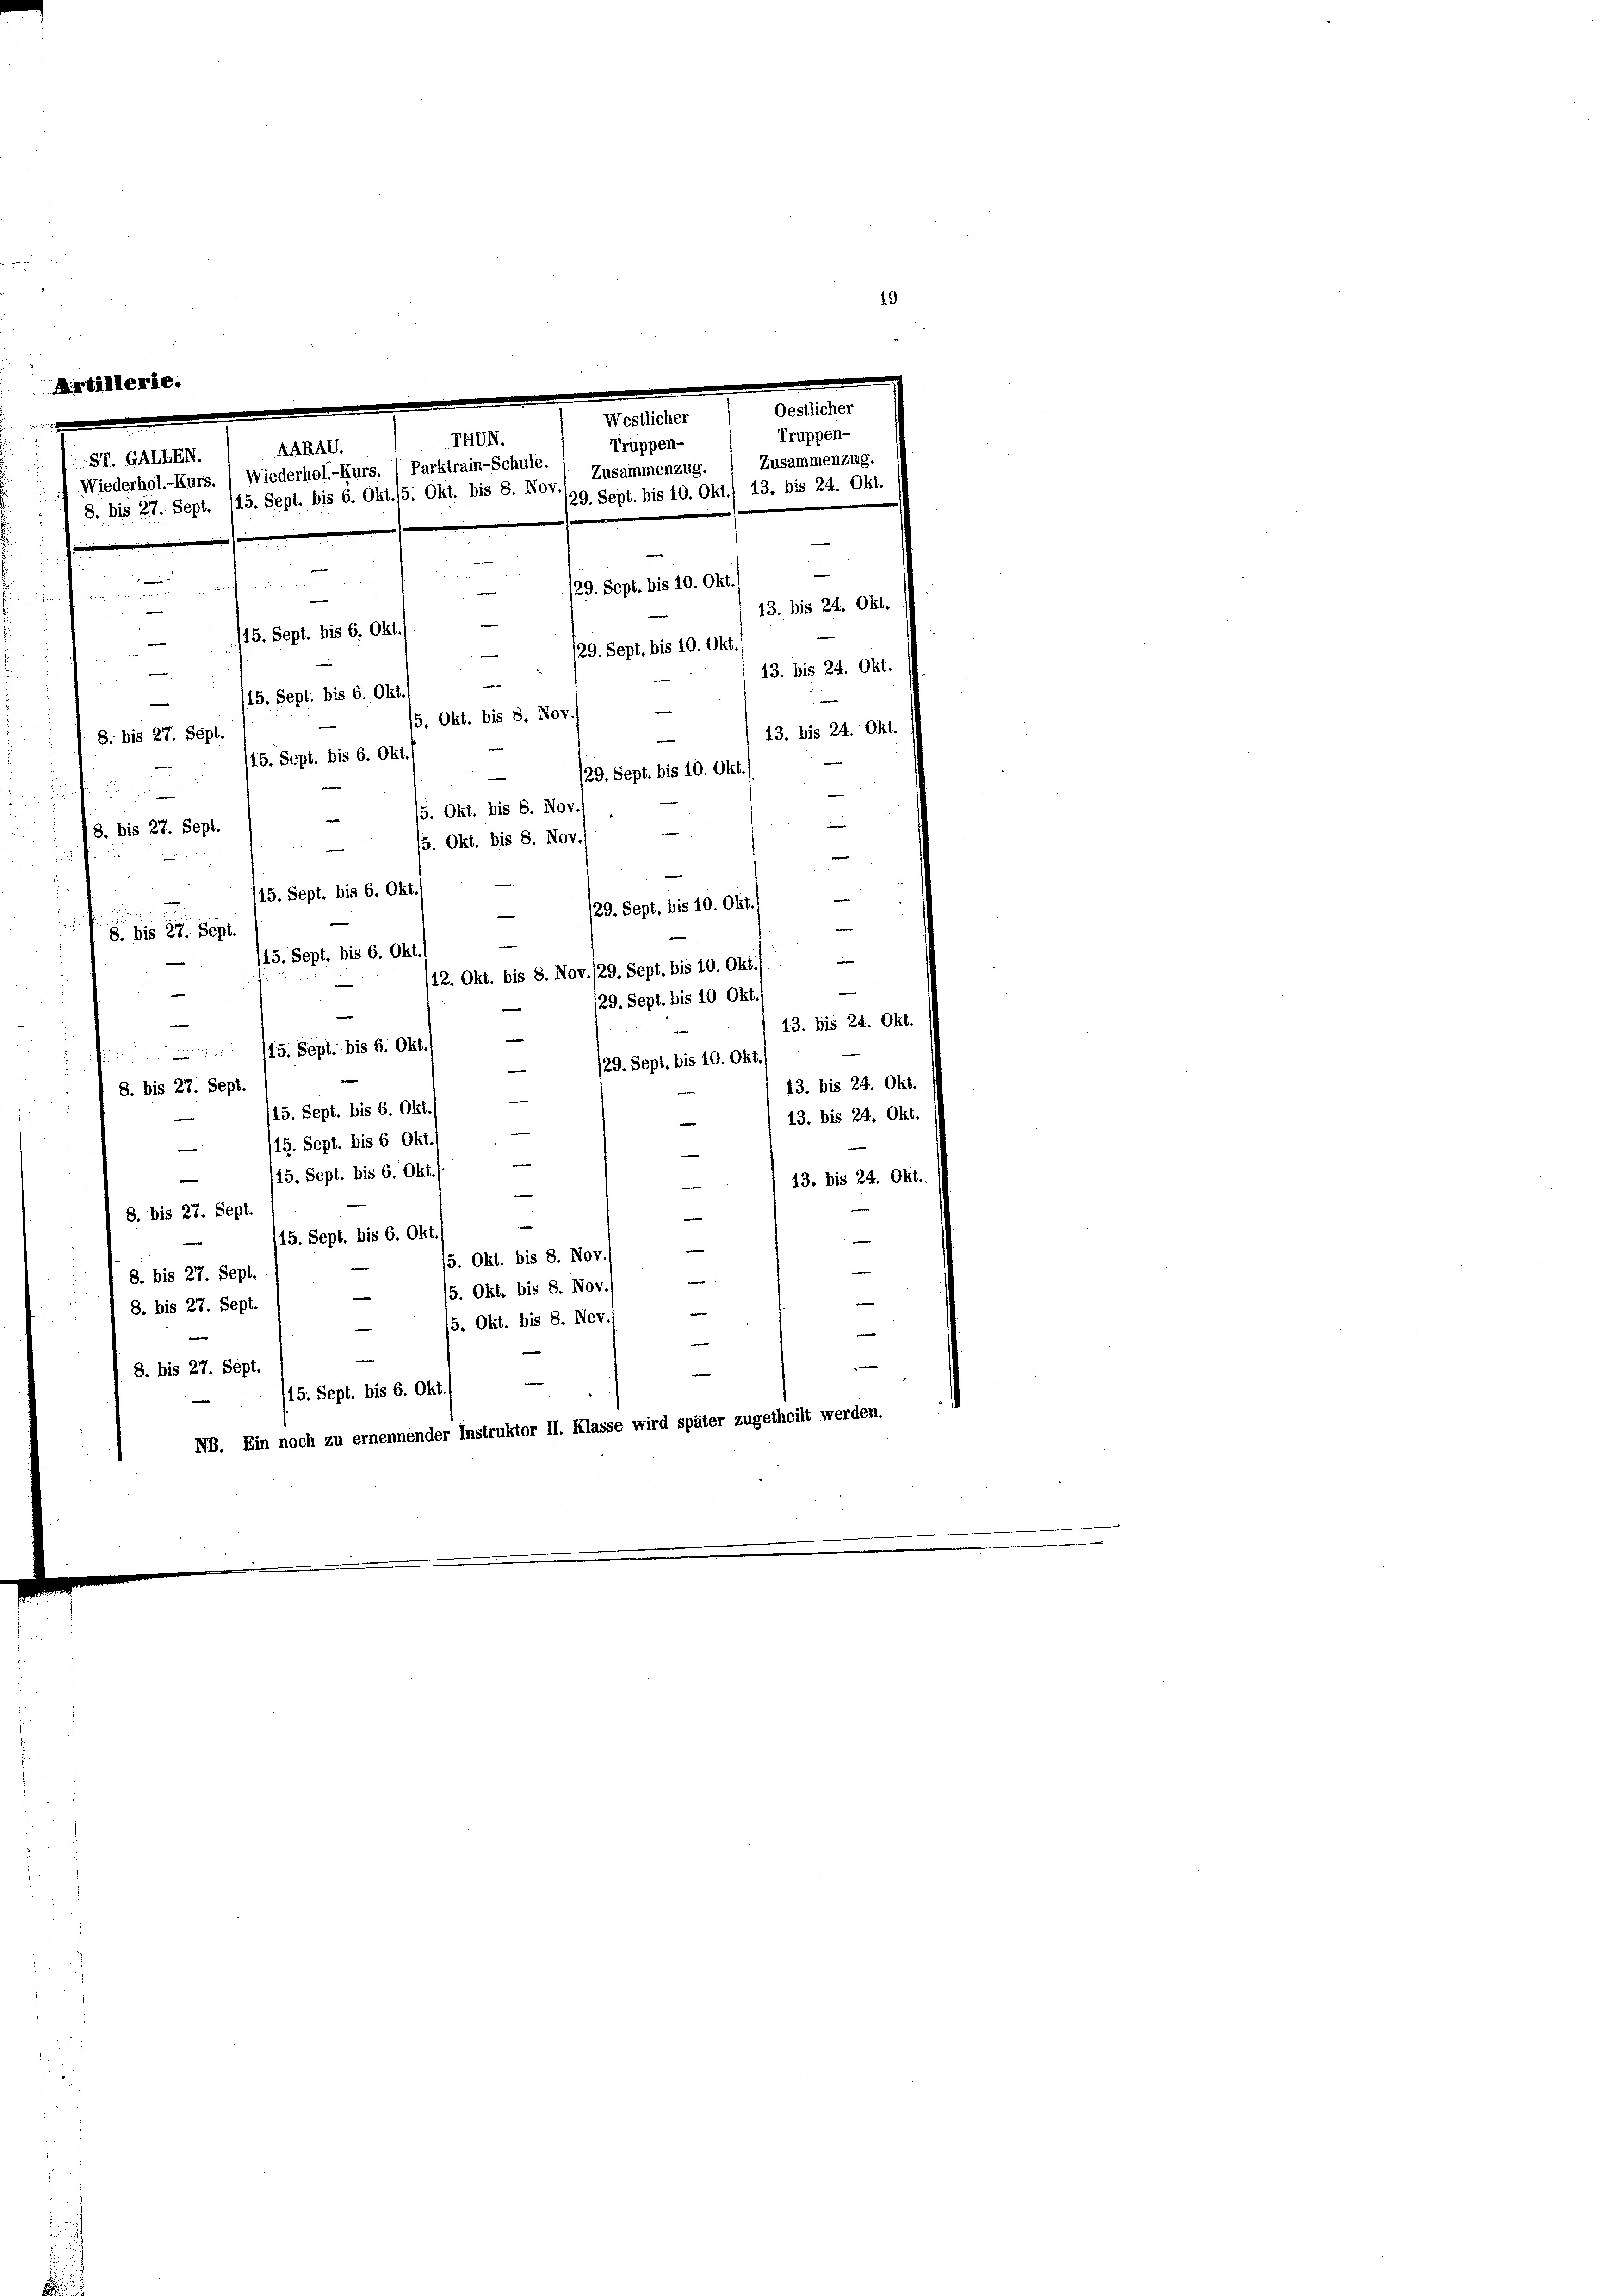
Oestlicher
Westlicher
Truppen-
THUN.
Truppen-
AARAG.
ST. GALLEN.
Zusammenzug.
Zusammenzug.
) Wiederhol-Kurs. ) Wiederhol-Kurs. ) Parktrain-Schule.
29. Sept. bis 10. Okt./ 13. bis 24. Okt.
8. bis 27. Sept. 115. Sept. bis 6. Okt./5. Okt. bis 8. Nov.
2 25 x
au

/29. Sept. bis 10. Okt.
e

13. bis 24. Okt.
e
1415. Sept. bis 6. Okt.)
e
/29. Sept. bis 10. Okt.
 13. bis 24. Okt.
e
e
 115. Sept. bis 6. Okt.
15. Okt. bis 8. Nov.
13. bis 24. Okt.
8. bis 27. Sept.
15. Sept. bis 6. Okt.
/29. Sept. bis 10. Okt. 1
n
5. Okt. bis 8. Nov./,
.
.22 2
/8. bis 27. Sept.
/5. Okt. bis 8. Nov.
e
e
15. Sept. bis 6. Okt.)
e
129. Sept. bis 10. Okt.

e
8. bis 27. Sept.
/15. Sept. bis 6. Okt./
12. Okt. bis 8. Nov./29. Sept. bis 10. Okt.) —
e
/29. Sept. bis 10 Okt.

13. bis 24. Okt.
e
115. Sept. bis 6. Okt.
.
/29. Sept. bis 10. Okt.
e

19
e

13. bis 24. Okt.
8. bis 27. Sept.
e
e
15. Sept. bis 6. Okt.
13. bis 24. Okt.
115. Sept. bis 6 Okt
e
e

e
 (15. Sept. bis 6. Okt.
13. bis 24. Okt.
e
8. bis 27. Sept.
15. Sept. bis 6. Okt.
e
¬
5. Okt. bis 8. Nov.
¬
8. bis 27. Sept.
e
28
5. Okt. bis 8. Nov.
8. bis 27. Sept.
|
5. Okt. bis 8. Nev
8. bis 27. Sept.
15. Sept. bis 6. Okt./
NB. Ein noch zu ernennender Instruktor II. Klasse wird später zugetheilt werden.